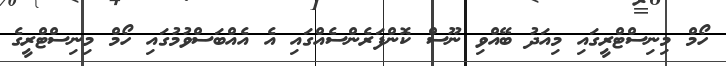
ހޯމް މިނިސްޓްރީގައި މިއަދު ބޭއްވި ނޫސް ކޮންފަރެންސެއްގައި އެ އެއްބަސްވުމުގައި ހޯމް މިނިސްޓްރީގެ